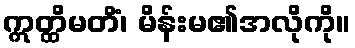
ဣတ္ထိမတိံ၊ မိန်းမ၏အလိုကို။